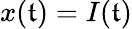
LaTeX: x(\mathfrak{t})=I(\mathfrak{t})